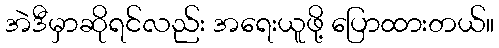
အဲဒီမှာဆိုရင်လည်း အရေးယူဖို့ ပြောထားတယ်။